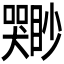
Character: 𫬣